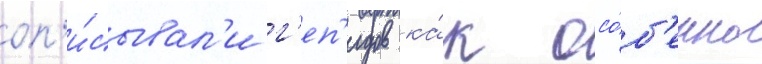
оп'и́сывал'и г'еп'идов ка́к осо́б'енно